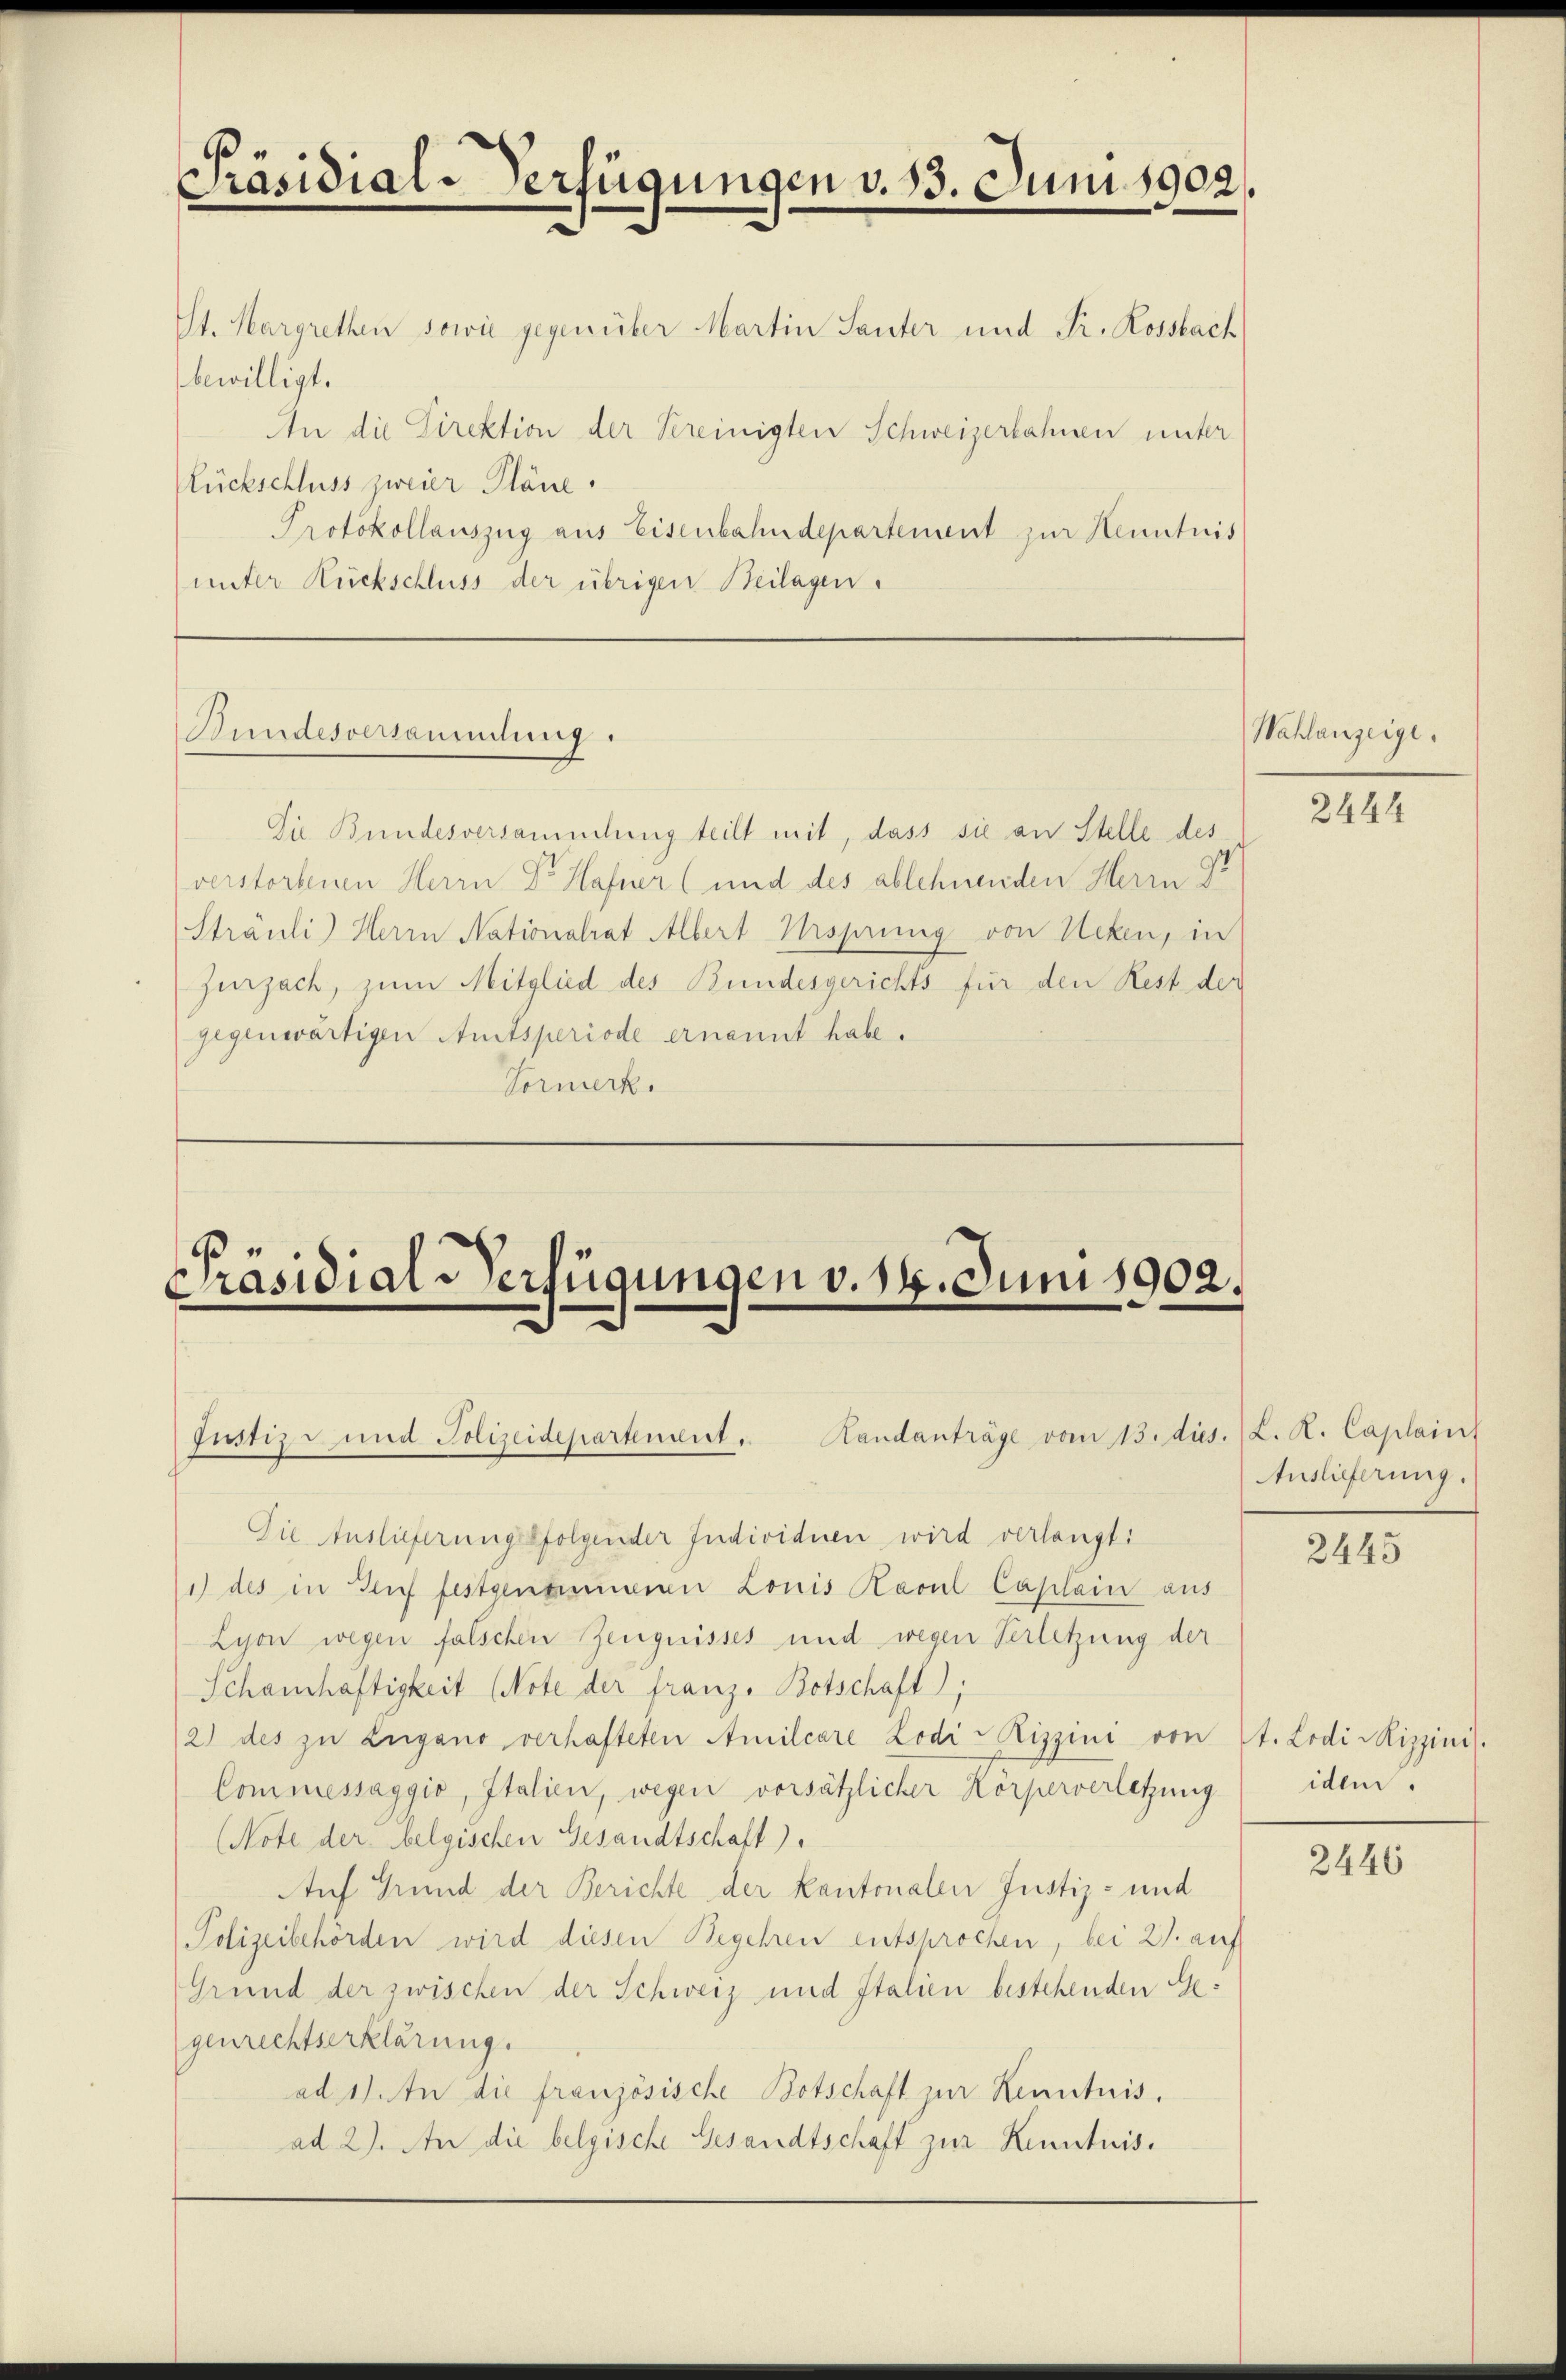
Präsidial-Verfügungen v. 13. Juni 1902.
St. Margrethen sowie gegenüber Martin Sauter und Fr. Rossbach
bewilligt.
An die Direktion der Vereinigten Schweizerbahnen unter

Rückschluss zweier Pläne.
Protokollauszug aus Eisenbahndepartement zur Kenntnis
unter Rückschluss der übrigen Beilagen.

Bundesversammlung.

Die Bundesversammlung teilt mit, dass sie an Stelle des
verstorbenen Herrn Dr Hafner (und des ablehnenden Herrn Gr
Sträuli) Herrn Nationalrat Albert Urspring von Neken, in
Zurzach, zum Mitglied des Bundesgerichts für den Rest der
gegenwärtigen Amtsperiode ernannt habe.
Vormerk.

Präsidial-Verfügungen v. 14. Juni 1902.
Justiz- und Polizeidepartement. Handanträge vom 13. ds. (L. K. Caplains

Die Auslieferungsfolgender Individuen wird verlangt:
1) des in Genf festgenommenen Louis Ravul Caplain aus
Lyon wegen falschen Zeugnisses und wegen Verletzung der
Schanhaftigkeit (Note der franz- Botschaft,
2) des zu Zugano verhafteten Amilcare Lodi-Rizzini von
Commissaggio, Italien, wegen vorsätzlicher Körperverletzung
(Note der belgischen Gesandtschaft).
Auf Grund der Berichte der Kantonalen Justiz- und
Polizeibehörden wird diesen Begehren entsprochen, bei 21. auf
Grund der zwischen der Schweiz und Italien bestehenden Gegenrechtserklärung.
ad 1. In die französische Botschaft zur Kenntnis.
ad 2. An die belgische Gesandtschaft zur Kenntnis.

Wahlanzeige.

2444

Auslieferung.

2445

t. Lodi Mizzini.
iden.

2446